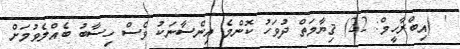
' (އިބްރާހީމް: 22) ޤިޔާމަތް ދުވަހު ކޮންމެ އިންސާނަކު ވެސް ހިސާބު ބެއްލެވުމަށް